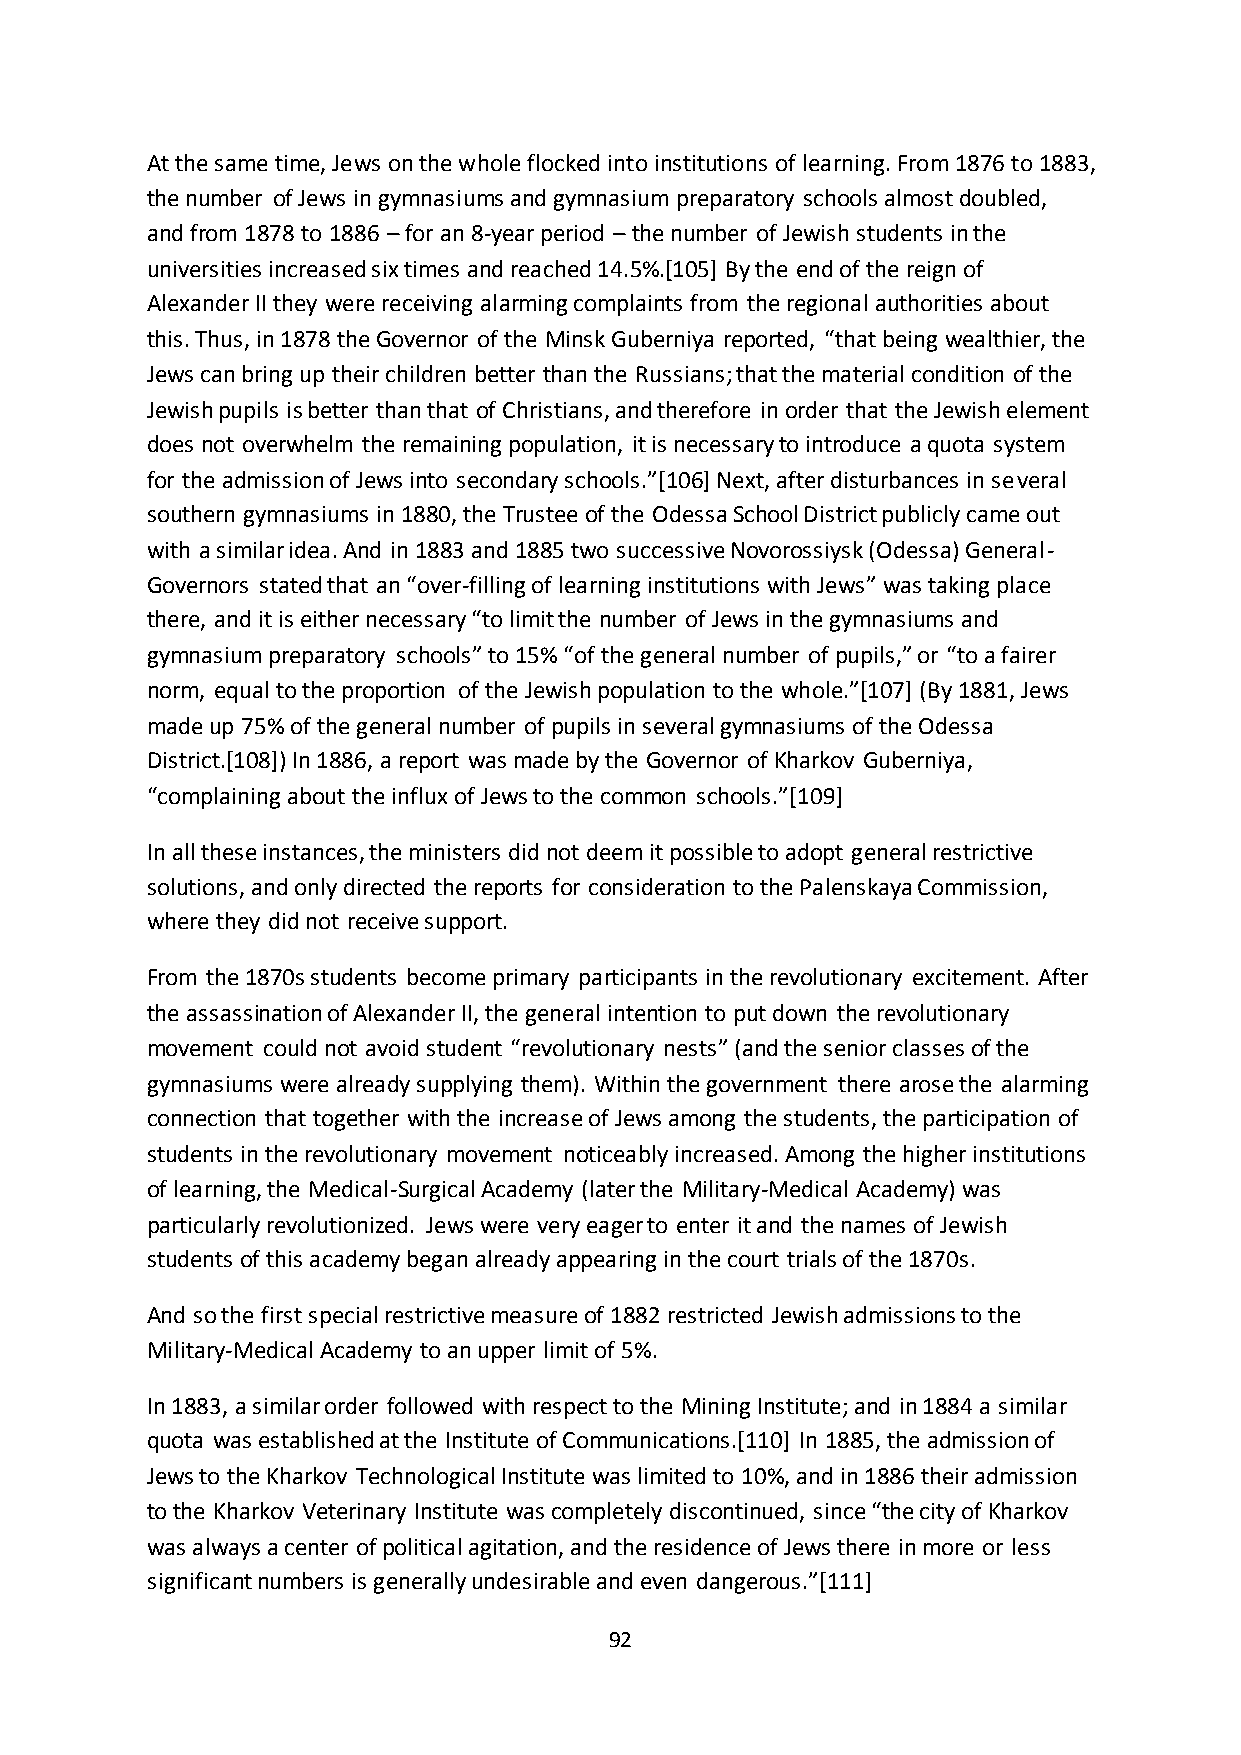
At the same time, Jews on the whole flocked into institutions of learning. From 1876 to 1883,
 the number of Jews in gymnasiums and gymnasium preparatory schools almost doubled,
 and from 1878 to 1886 – for an 8-year period – the number of Jewish students in the
 universities increased six times and reached 14.5%.[105] By the end of the reign of
 Alexander II they were receiving alarming complaints from the regional authorities about
 this. Thus, in 1878 the Governor of the Minsk Guberniya reported, “that being wealthier, the
 Jews can bring up their children better than the Russians; that the material condition of the
 Jewish pupils is better than that of Christians, and therefore in order that the Jewish element
 does not overwhelm the remaining population, it is necessary to introduce a quota system
 for the admission of Jews into secondary schools.”*106+ Next, after disturbances in several
 southern gymnasiums in 1880, the Trustee of the Odessa School District publicly came out
 with a similar idea. And in 1883 and 1885 two successive Novorossiysk (Odessa) General-
 Governors stated that an “over-filling of learning institutions with Jews” was taking place
 there, and it is either necessary “to limit the number of Jews in the gymnasiums and
 gymnasium preparatory schools” to 15% “of the general number of pupils,” or “to a fairer
 norm, equal to the proportion of the Jewish population to the whole.”*107+ (By 1881, Jews
 made up 75% of the general number of pupils in several gymnasiums of the Odessa
 District.[108]) In 1886, a report was made by the Governor of Kharkov Guberniya,
 “complaining about the influx of Jews to the common schools.”*109+
 In all these instances, the ministers did not deem it possible to adopt general restrictive
 solutions, and only directed the reports for consideration to the Palenskaya Commission,
 where they did not receive support.
 From the 1870s students become primary participants in the revolutionary excitement. After
 the assassination of Alexander II, the general intention to put down the revolutionary
 movement could not avoid student “revolutionary nests” (and the senior classes of the
 gymnasiums were already supplying them). Within the government there arose the alarming
 connection that together with the increase of Jews among the students, the participation of
 students in the revolutionary movement noticeably increased. Among the higher institutions
 of learning, the Medical-Surgical Academy (later the Military-Medical Academy) was
 particularly revolutionized. Jews were very eager to enter it and the names of Jewish
 students of this academy began already appearing in the court trials of the 1870s.
 And so the first special restrictive measure of 1882 restricted Jewish admissions to the
 Military-Medical Academy to an upper limit of 5%.
 In 1883, a similar order followed with respect to the Mining Institute; and in 1884 a similar
 quota was established at the Institute of Communications.[110] In 1885, the admission of
 Jews to the Kharkov Technological Institute was limited to 10%, and in 1886 their admission
 to the Kharkov Veterinary Institute was completely discontinued, since “the city of Kharkov
 was always a center of political agitation, and the residence of Jews there in more or less
 significant numbers is generally undesirable and even dangerous.”*111+
 92